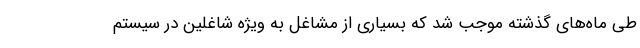
طی ماه‌های گذشته موجب شد که بسیاری از مشاغل به ویژه شاغلین در سیستم